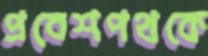
প্রবেশপথকে